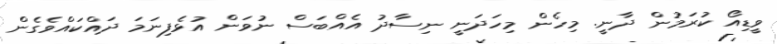
ވީޑިއޯ ކުރަމުން ދާނީ. މިހެން މިހަދަނީ ނިސާދު އެއްބަސް ނުވަން އުޅެފިނަމަ ދައްކައްވެގެން